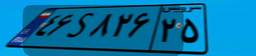
۴۶S۸۲۶۲۵